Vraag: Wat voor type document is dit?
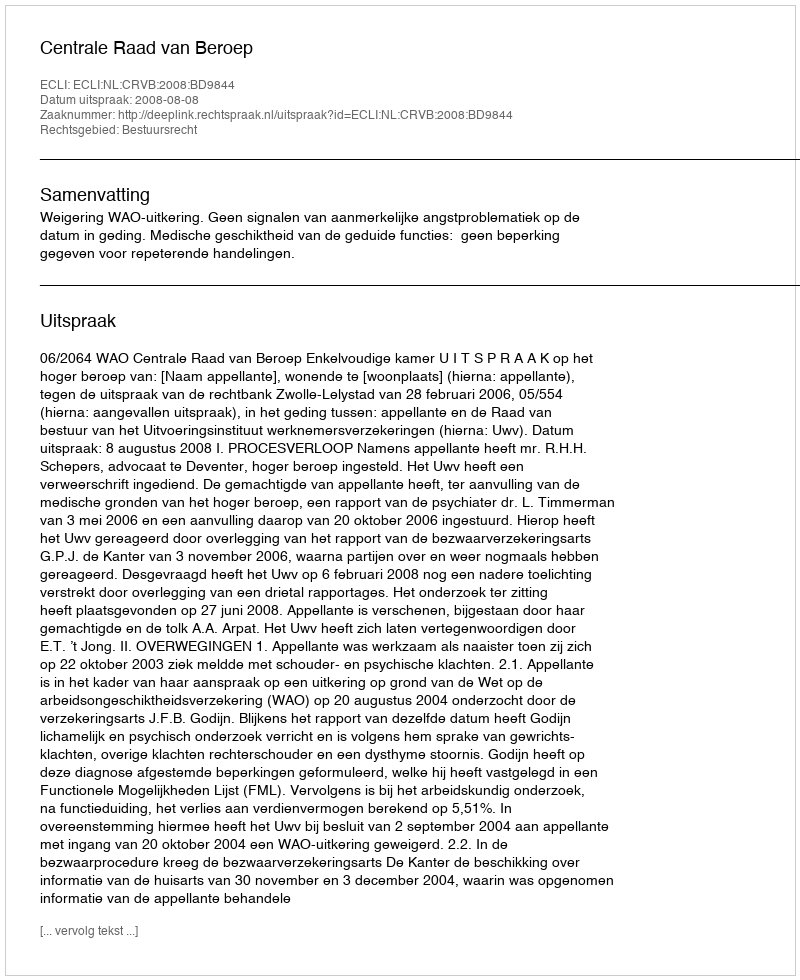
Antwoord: Uitspraak